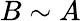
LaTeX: B\sim A